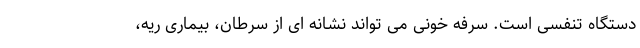
دستگاه تنفسی است. سرفه خونی می تواند نشانه ای از سرطان، بیماری ریه،